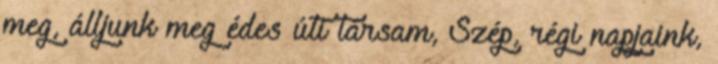
meg, álljunk meg édes úti társam, Szép, régi napjaink,